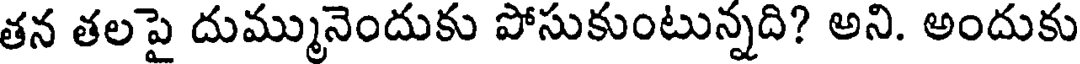
తన తలపై దుమ్మునెందుకు పోసుకుంటున్నది? అని. అందుకు